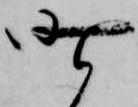
昨